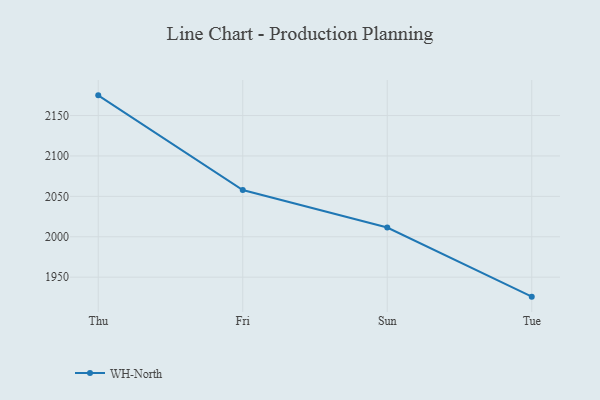
{"axis": {"x": "Day", "y": "Inventory Turnover"}, "legend": ["WH-North"], "data": [{"x": "Thu", "y": 2175.0, "type": "WH-North"}, {"x": "Fri", "y": 2057.8, "type": "WH-North"}, {"x": "Sun", "y": 2011.5, "type": "WH-North"}, {"x": "Tue", "y": 1925.9, "type": "WH-North"}]}